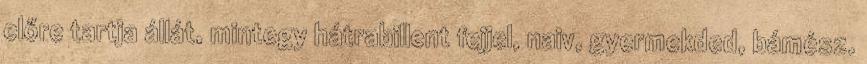
előre tartja állát, mintegy hátrabillent fejjel, naiv, gyermekded, bámész.